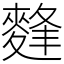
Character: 䴶